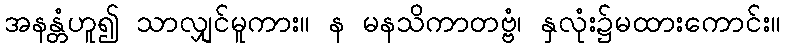
အနန္တံဟူ၍ သာလျှင်မူကား။ န မနသိကာတဗ္ဗံ၊ နှလုံး၌မထားကောင်း။